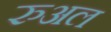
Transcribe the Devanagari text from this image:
रुअल